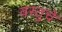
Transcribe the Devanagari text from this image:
वस्तुचे